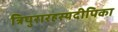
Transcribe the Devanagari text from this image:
त्रिपुरारहस्यदीपिका